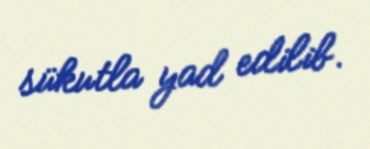
sükutla yad edilib.